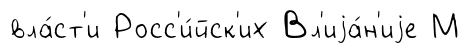
вла́ст'и Росс'и́йск'их Вл'иjа́н'иjе М